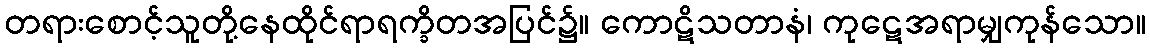
တရားစောင့်သူတို့နေထိုင်ရာရက္ခိတအပြင်၌။ ကောဋိသတာနံ၊ ကုဋေအရာမျှကုန်သော။